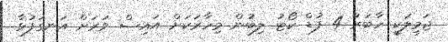
ޖަމީލަކީ ހާބަރު 4 ފުޑް ކޯޓު ލިބުުން މިހާރަކަށް އައިސް ވަރަށް އަނގަފުޅާ